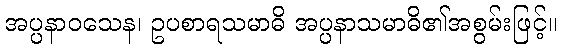
အပ္ပနာဝသေန၊ ဥပစာရသမာဓိ အပ္ပနာသမာဓိ၏အစွမ်းဖြင့်။